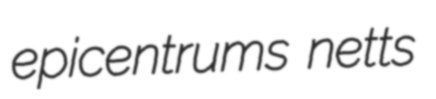
epicentrums netts